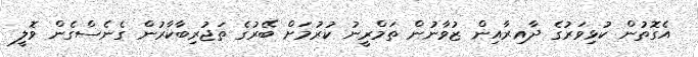
އެގޮތުން ކުޅިވަރުގެ ދާއިރާއިން ޒުވާނުން ތަމްރީނު ކުރުމަށް ބޭރުގެ ތަޖުރިބާކާރުން ގެނެސްގެން ވޮލީ